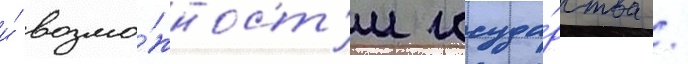
и́ возмо́жност'и госуда́рства /